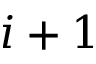
i + 1